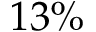
1 3 \%